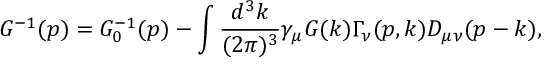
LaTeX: G ^ { - 1 } ( p ) = G _ { 0 } ^ { - 1 } ( p ) - \int \frac { d ^ { 3 } k } { ( 2 \pi ) ^ { 3 } } \gamma _ { \mu } G ( k ) \Gamma _ { \nu } ( p , k ) D _ { \mu \nu } ( p - k ) ,